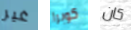
غير كوبرا كان